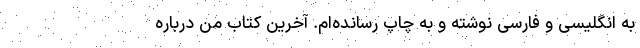
به انگلیسی و فارسی نوشته و به چاپ رسانده‌ام. آخرین کتاب من درباره